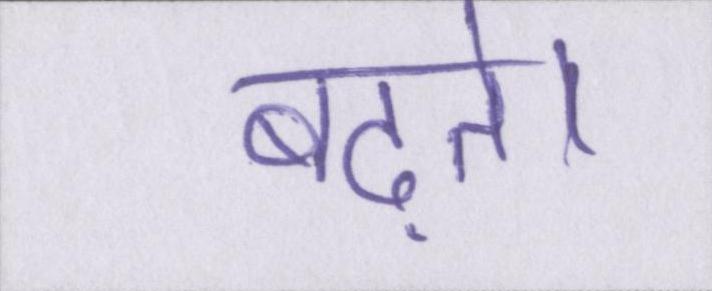
बढ़ते।